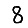
Digit: 8